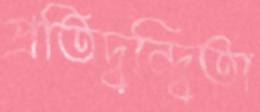
প্রতিদ্বন্দ্বিতা